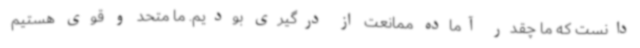
دانست که ما چقدر آماده ممانعت از درگیری بودیم. ما متحد و قوی هستیم